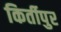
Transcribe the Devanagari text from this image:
किर्तीपुर